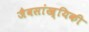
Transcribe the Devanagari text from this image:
जैवसांख्‍यिकी